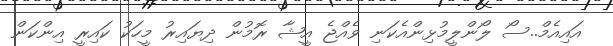
އައިއެމް..ސޯ ލޯންލީމުޅިންއެކަނި ވެއްޖެ އީޝާ ރޮމުން ދިޔައިރު މީހަކު ކައިރީ އިންކަން